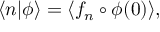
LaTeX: \langle n | \phi \rangle = \langle f _ { n } \circ \phi ( 0 ) \rangle ,